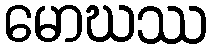
မောဃဿ